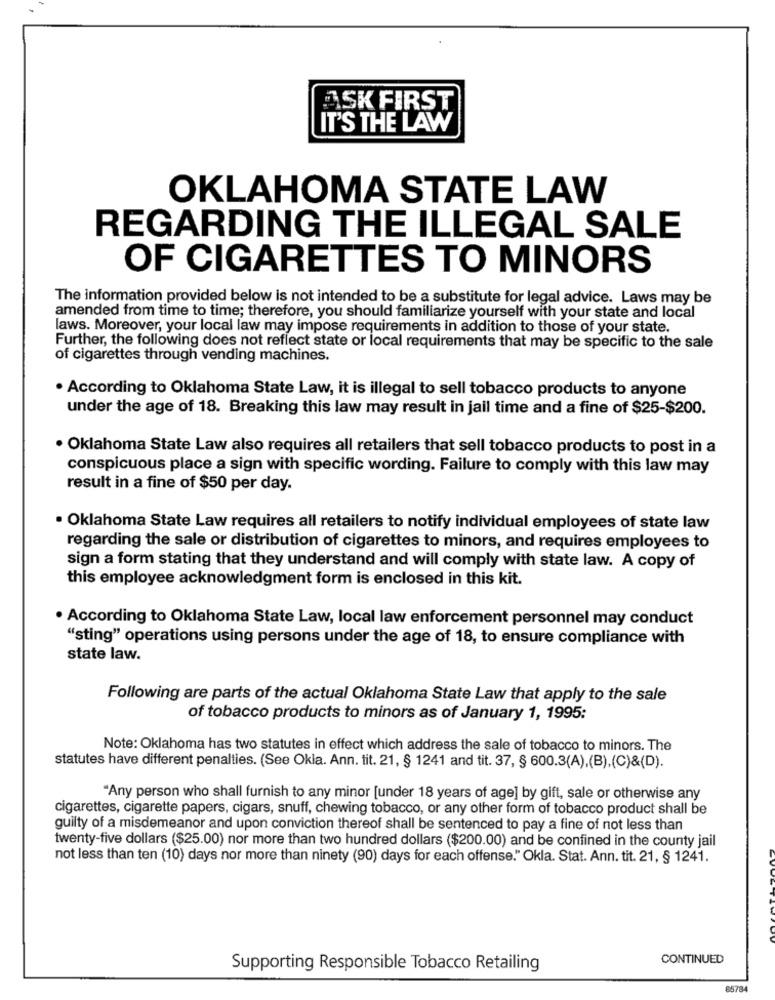
ASK FIRST
IT'S THE LAW
OKLAHOMA STATE LAW
REGARDING THE ILLEGAL SALE
OF CIGARETTES TO MINORS
The information provided below is not intended to be a substitute for legal advice. Laws may be
amended from time to time; therefore, you should familiarize yourself with your state and local
laws. Moreover, your local law may impose requirements in addition to those of your state.
Further, the following does not reflect state or local requirements that may be specific to the sale
of cigarettes through vending machines.
. According to Oklahoma State Law, it is illegal to sell tobacco products to anyone
under the age of 18. Breaking this law may result in jail time and a fine of $25-$200.
· Oklahoma State Law also requires all retailers that sell tobacco products to post in a
conspicuous place a sign with specific wording. Failure to comply with this law may
result in a fine of $50 per day.
· Oklahoma State Law requires all retailers to notify individual employees of state law
regarding the sale or distribution of cigarettes to minors, and requires employees to
sign a form stating that they understand and will comply with state law. A copy of
this employee acknowledgment form is enclosed in this kit.
. According to Oklahoma State Law, local law enforcement personnel may conduct
"sting" operations using persons under the age of 18, to ensure compliance with
state law.
Following are parts of the actual Oklahoma State Law that apply to the sale
of tobacco products to minors as of January 1, 1995:
Note: Oklahoma has two statutes in effect which address the sale of tobacco to minors. The
statutes have different penalties. (See Okla. Ann. tit. 21, § 1241 and tit. 37, § 600.3(A),(B),(C)&(D).
"Any person who shall furnish to any minor [under 18 years of age] by gift, sale or otherwise any
cigarettes, cigarette papers, cigars, snuff, chewing tobacco, or any other form of tobacco product shall be
guilty of a misdemeanor and upon conviction thereof shall be sentenced to pay a fine of not less than
twenty-five dollars ($25.00) nor more than two hundred dollars ($200.00) and be confined in the county jail
not less than ten (10) days nor more than ninety (90) days for each offense." Okla. Stat. Ann. tit. 21, § 1241.
CONTINUED
Supporting Responsible Tobacco Retailing
8573.